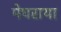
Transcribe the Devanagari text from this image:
मेघराया